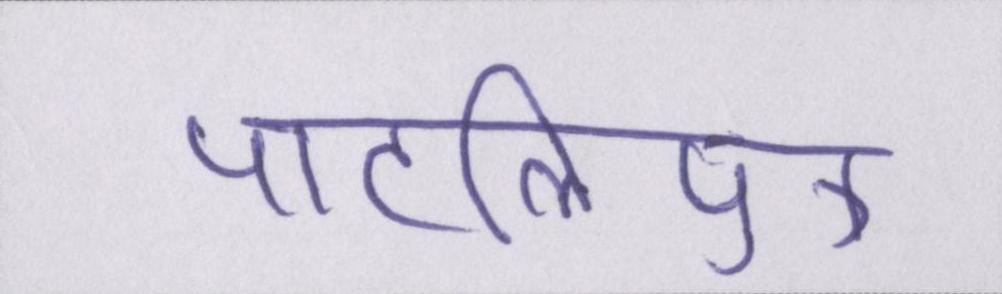
पाटलिपुत्र